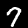
Label: 7